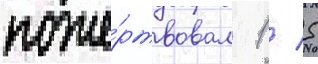
поже́ртвовал 1 / 5